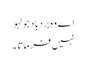
اے وہ بردباد جو لہو
نہیں فرماتا ۔